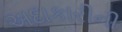
અદાકારીની